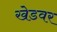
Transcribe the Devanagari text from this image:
खेडवर